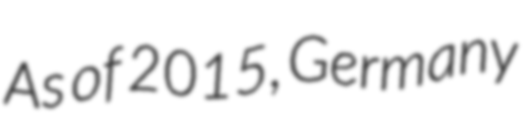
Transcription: As of 2015, Germany